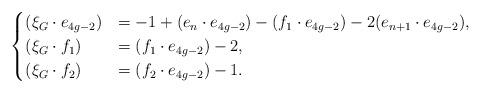
\begin{align*}\begin{cases}(\xi_G\cdot e_{4g-2}) &=-1+(e_n\cdot e_{4g-2})-(f_1\cdot e_{4g-2})-2(e_{n+1}\cdot e_{4g-2}), \\(\xi_G\cdot f_1) &= (f_1\cdot e_{4g-2})-2, \\(\xi_G\cdot f_2) &= (f_2\cdot e_{4g-2})-1.\end{cases}\end{align*}